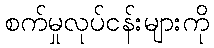
စက်မှုလုပ်ငန်းများကို